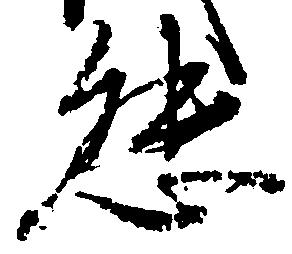
熊